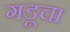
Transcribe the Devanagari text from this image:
गडूचा